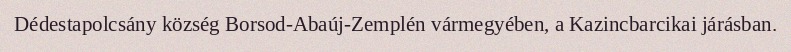
Dédestapolcsány község Borsod-Abaúj-Zemplén vármegyében, a Kazincbarcikai járásban.